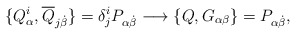
\begin{align*}\{Q^i_\alpha, \overline Q_{j\dot\beta} \} = \delta^i_j P_{\alpha\dot\beta}\longrightarrow\{ Q , G_{\alpha\beta} \} = P_{\alpha\dot\beta},\end{align*}